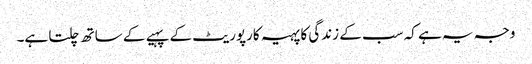
وجہ یہ ہے کہ سب کے زندگی کا پہیہ کارپوریٹ کے پہیے کے ساتھ چلتا ہے۔